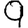
Digit: 9